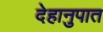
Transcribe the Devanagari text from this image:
देहानुपात